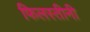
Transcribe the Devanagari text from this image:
फिलस्तीनी